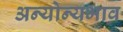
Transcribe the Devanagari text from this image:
अन्योन्यभाव